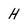
Character: H